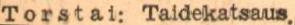
Torstai: Taidekatsaus.